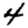
Digit: 4